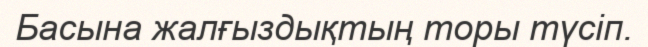
Басына жалғыздықтың торы түсіп.